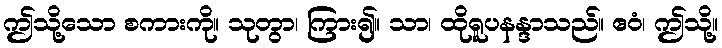
ဤသို့သော စကားကို။ သုတွာ၊ ကြား၍။ သာ၊ ထိုရူပနန္ဒာသည်။ ဧဝံ၊ ဤသို့။